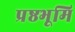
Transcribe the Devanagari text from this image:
प्रष्ठभूमि